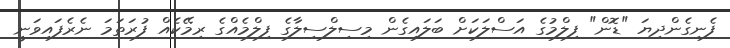
ފެނިގެންދިޔަ "ޑޮން" ފިލްމުގެ އަސްލަކަށް ބަލައިގެން މިސިލްސިލާގެ ފިލްމެއްގެ ރިމޭކެއް ފުރަތަމަ ނެރެފައިވަނީ